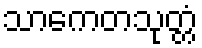
သာကေတသုတ္တံ